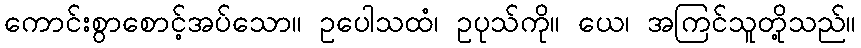
ကောင်းစွာစောင့်အပ်သော။ ဥပေါသထံ၊ ဥပုသ်ကို။ ယေ၊ အကြင်သူတို့သည်။